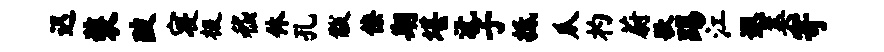
迟装陂寝极嵇休孔黻僚期堪沅子抵瓜杓蔚歌踢江遐美寄